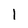
Character: 1